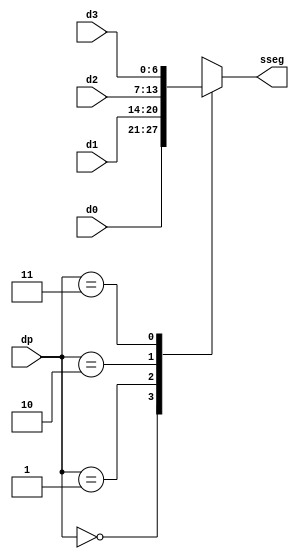
 `timescale 1ns / 1ps
//////////////////////////////////////////////////////////////////////////////////
// Company: 
// Engineer: 
// 
// Design Name: 
// Module Name:    sseg_ctrl 
// Project Name: 
// Target Devices: 
// Tool versions: 
// Description: 
//
// Dependencies: 
//
// Revision: 
// Revision 0.01 - File Created
// Additional Comments: 
//
//////////////////////////////////////////////////////////////////////////////////
module sseg_ctrl(
input [1:0] dp,
input [6:0] d0,
input [6:0] d1,
input [6:0] d2,
input [6:0] d3,
output reg [6:0] sseg
    );

always @(dp)
begin
	case(dp)
		0 : sseg = d0;
		1 : sseg = d1;
		2 : sseg = d2;
		3 : sseg = d3;
	endcase
end

endmodule